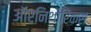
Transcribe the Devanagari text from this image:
ऑरनिथोरिंकस